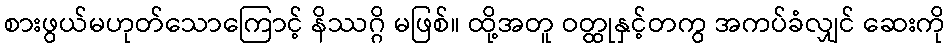
စားဖွယ်မဟုတ်သောကြောင့် နိဿဂ္ဂိ မဖြစ်။ ထို့အတူ ဝတ္ထုနှင့်တကွ အကပ်ခံလျှင် ဆေးကို